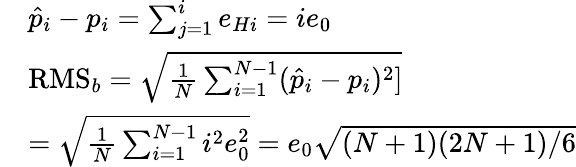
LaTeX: \begin{array}{rl}&{\hat{p}_{i}-p_{i}=\sum_{j=1}^{i}e_{Hi}=ie_{0}}\\ &{\textrm{RMS}_{b}=\sqrt{\frac{1}{N}\sum_{i=1}^{N-1}(\hat{p}_{i}-p_{i})^{2}]}}\\ &{=\sqrt{\frac{1}{N}\sum_{i=1}^{N-1}i^{2}e_{0}^{2}}=e_{0}\sqrt{(N+1)(2N+1)/6}}\end{array}